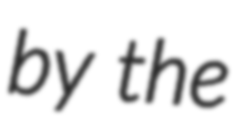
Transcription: by the